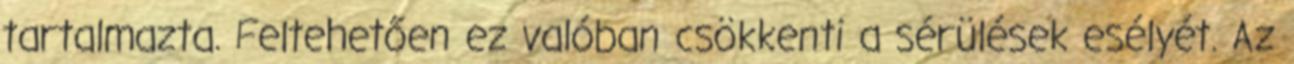
tartalmazta. Feltehetően ez valóban csökkenti a sérülések esélyét. Az